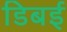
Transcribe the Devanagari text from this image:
डिबई